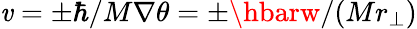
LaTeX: \mathit{v}=\pm\hbar/M\nabla\theta=\pm\hbarw/(Mr_{\perp})